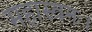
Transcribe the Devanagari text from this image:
महास्वनः।